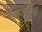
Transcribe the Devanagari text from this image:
आयेषबिबी